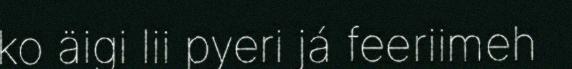
ko äigi lii pyeri já feeriimeh